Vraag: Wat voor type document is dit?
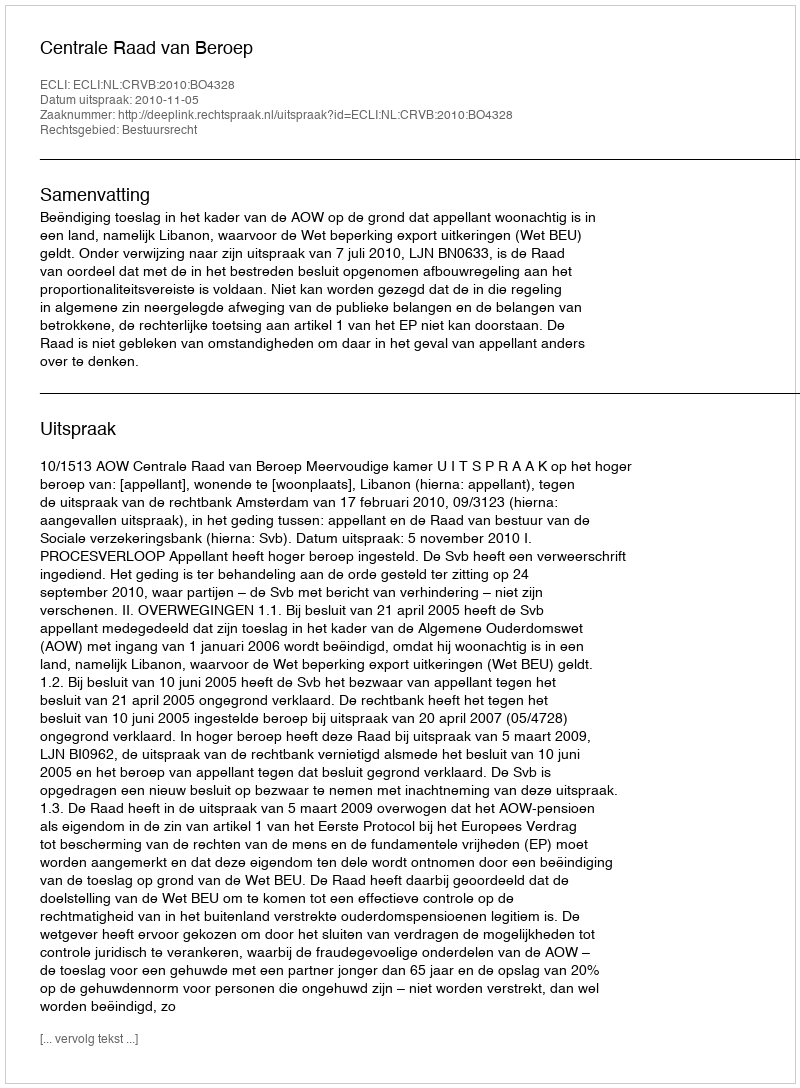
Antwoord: Uitspraak